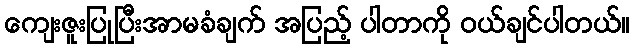
ကျေးဇူးပြုပြီးအာမခံချက် အပြည့် ပါတာကို ဝယ်ချင်ပါတယ်။